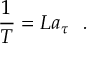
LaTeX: { \frac { 1 } { T } } = L a _ { \tau } ~ ~ .